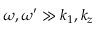
\omega , \omega ^ { \prime } \gg k _ { 1 } , k _ { z }